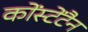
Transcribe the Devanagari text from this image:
कोंस्टेंटैन